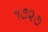
૧૭૨૭